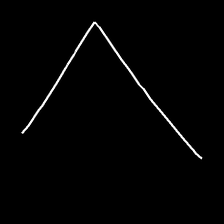
Glyph: region